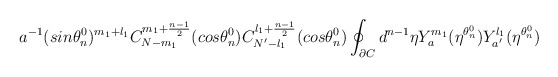
\begin{align*}a^{-1}(sin{\theta_n^0})^{m_1+l_1}C_{N-m_1}^{m_1+\frac{n-1}{2}}(cos{\theta_n^0})C_{N'-l_1}^{l_1+\frac{n-1}{2}}(cos{\theta_n^0})\oint_{\partial C} d^{n-1}{\eta}Y_{a}^{m_1}(\eta^{\theta_n^0})Y_{a'}^{l_1}(\eta^{\theta_n^0})\end{align*}